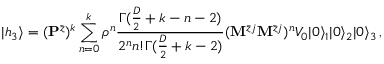
| h _ { 3 } \rangle = ( { \bf P } ^ { \bar { z } } ) ^ { k } \sum _ { n = 0 } ^ { k } \rho ^ { n } \frac { \Gamma ( \frac { D } { 2 } + k - n - 2 ) } { 2 ^ { n } n ! \Gamma ( \frac { D } { 2 } + k - 2 ) } ( { \bf M } ^ { \bar { z } j } { \bf M } ^ { \bar { z } j } ) ^ { n } V _ { 0 } | 0 \rangle _ { 1 } | 0 \rangle _ { 2 } | 0 \rangle _ { 3 } \, ,